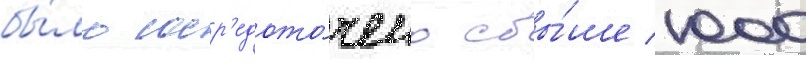
бы́ло соср'едото́чено свы́ше 1000